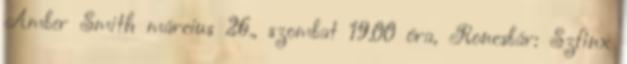
Amber Smith március 26., szombat 19.00 óra, Roncsbár: Szfinx